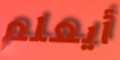
أيعلم